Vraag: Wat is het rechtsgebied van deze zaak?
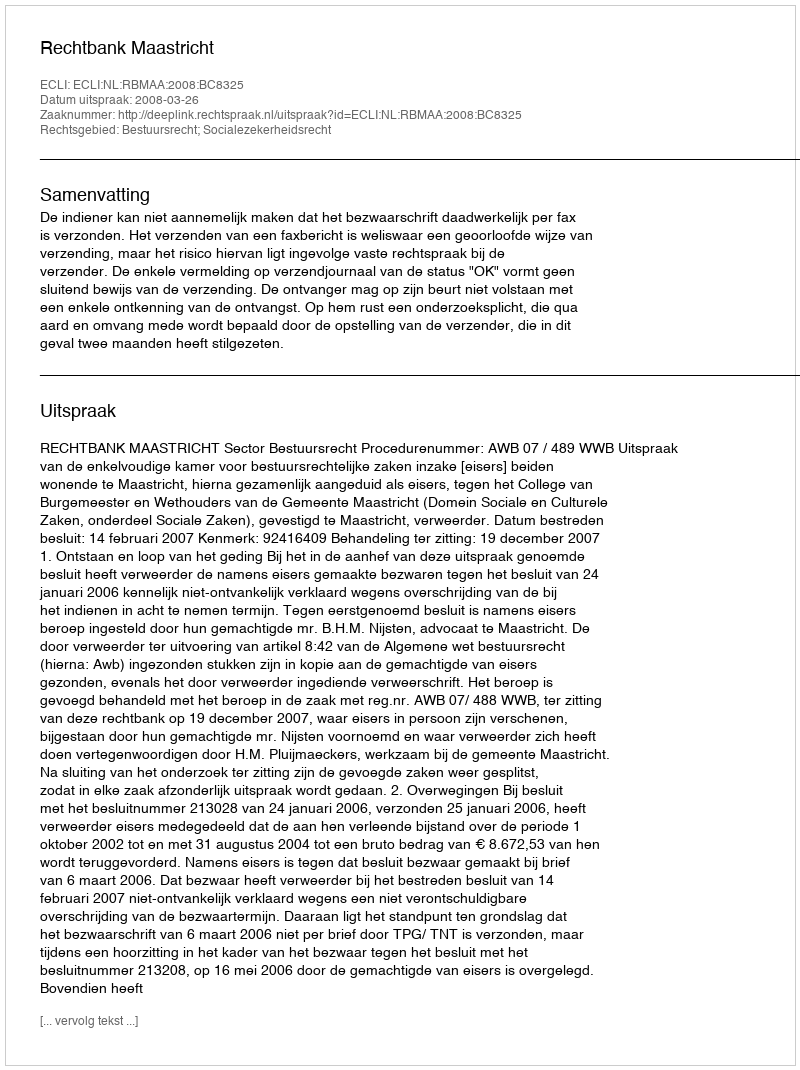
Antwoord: Bestuursrecht; Socialezekerheidsrecht